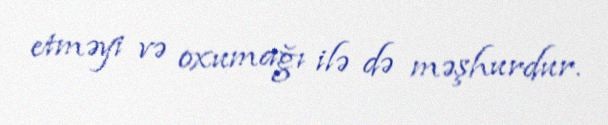
etməyi və oxumağı ilə də məşhurdur.